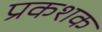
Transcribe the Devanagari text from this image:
प्रकशक